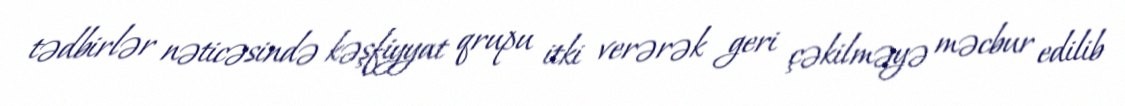
tədbirlər nəticəsində kəşfiyyat qrupu itki verərək geri çəkilməyə məcbur edilib